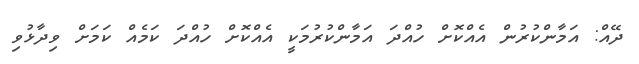
ދޭއް: އަމާންކުރުން އެއްކޮށް ހުއްދަ އަމާންކުރުމަކީ އެއްކޮށް ހުއްދަ ކަމެއް ކަމަށް ވިދާޅުވި